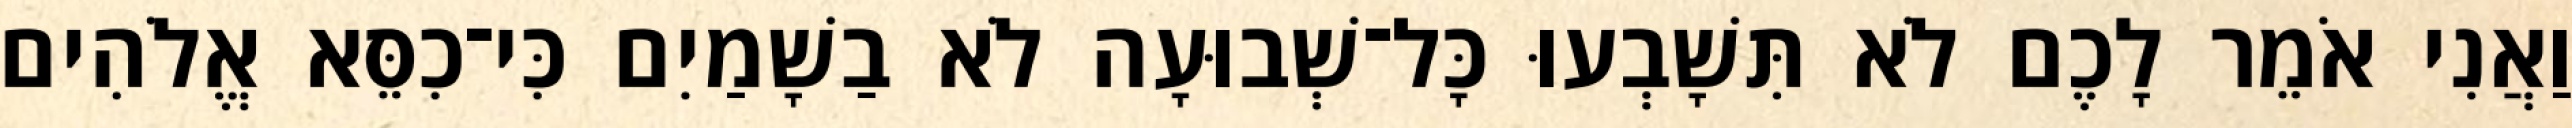
וַאֲנִי אֹמֵר לָכֶם לֹא תִּשָׁבְעוּ כָּל־שְׁבוּעָה לֹא בַשָׁמַיִם כִּי־כִסֵּא אֱלֹהִים